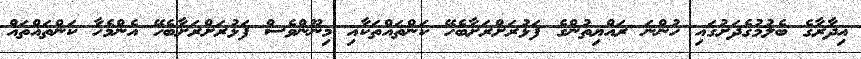
އިދާރާގެ ބެލުމުގެދަށުގައި ހުންނަ ރައްޔިތުންގެ ފަޅުރަށްރަށާބެހޭ ކަންތައްތަކާއި މިނޫންވެސް ފަޅުރަށްރަށާބެހޭ އެންމެހާ ކަންތައްތައް